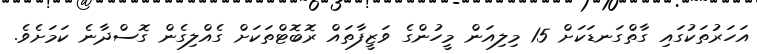
އަހަރުތަކުގައި ގާތްގަނޑަކަށް 15 މިލިއަން މީހުންގެ ވަޒީފާތައް ރޮބޮޓްތަކަށް ގެއްލިގެން ގޮސްދާނެ ކަމަށެވެ.